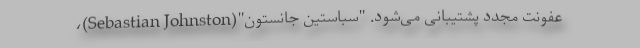
عفونت مجدد پشتیبانی می‌شود. "سباستین جانستون"(Sebastian Johnston)،